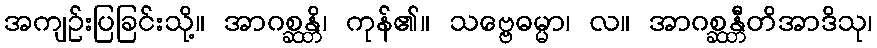
အကျဉ်းပြခြင်းသို့။ အာဂစ္ဆန္တိ၊ ကုန်၏။ သဗ္ဗေဓမ္မာ၊ လ။ အာဂစ္ဆန္တီတိအာဒိသု၊